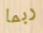
ربما